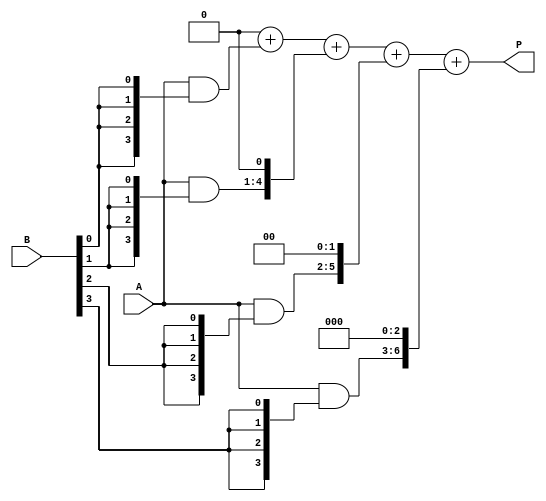
module array_multiplier #(parameter N = 4, M = 4) (
    input  [N-1:0] A, // Multiplicand
    input  [M-1:0] B, // Multiplier
    output reg [N+M-1:0] P // Product
);

    // Intermediate partial products
    wire [N-1:0] pp [0:M-1]; // Partial products array

    // Generate partial products
    genvar i;
    generate
        for (i = 0; i < M; i = i + 1) begin : partial_product_gen
            assign pp[i] = A & {N{B[i]}}; // ANDing multiplicand with each bit of multiplier
        end
    endgenerate

    // Summation of partial products
    integer j;
    always @(*) begin
        P = 0; // Initialize product to zero
        for (j = 0; j < M; j = j + 1) begin
            P = P + (pp[j] << j); // Shift and add partial products
        end
    end

endmodule